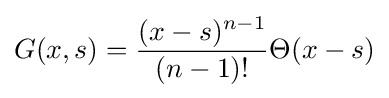
G(x,s)={\frac {(x-s)^{n-1}}{(n-1)!}}\Theta (x-s)